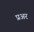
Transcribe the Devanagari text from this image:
प्रअर